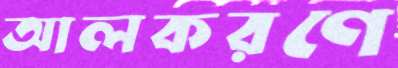
আলকরণে